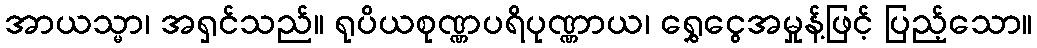
အာယသ္မာ၊ အရှင်သည်။ ရုပိယစုဏ္ဏပရိပုဏ္ဏာယ၊ ရွှေငွေအမှုန့်ဖြင့် ပြည့်သော။